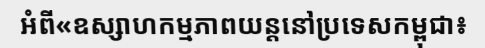
អំពី«ឧស្សាហកម្មភាពយន្តនៅប្រទេសកម្ពុជា៖